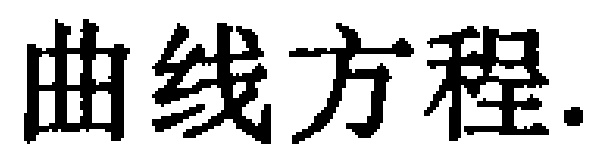
曲线方程.